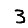
Digit: 3